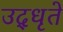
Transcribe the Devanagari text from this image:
उद्‌धृते